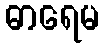
ဓာရေမ